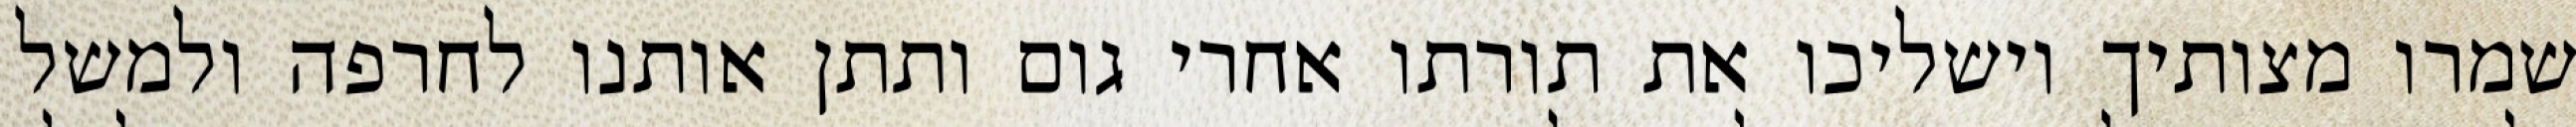
שמרו מצותיך וישליכו את תורתו אחרי גום ותתן אותנו לחרפה ולמשל